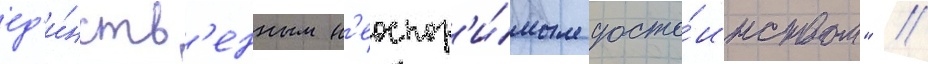
ед'и́нств'енным н'еоспор'и́мым досто́инством" //